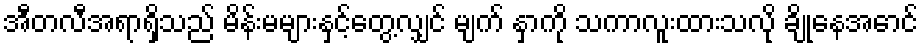
အီတလီအရာရှိသည် မိန်းမများနှင့်တွေ့လျှင် မျက် နှာကို သကာလူးထားသလို ချိုနေအောင်